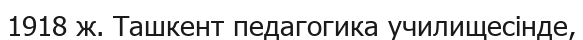
1918 ж. Ташкент педагогика училищесінде,